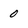
Character: 0